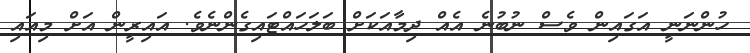
ހުންނަނީ އަގައިން ވެސް ނުބުނެ އެއް ދިމާއަކަށް ބަލަހައްޓައިގެންނެވެ. އައިރީން އަށް މިއައި